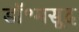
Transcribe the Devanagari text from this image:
डॉ॰मसूद